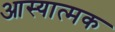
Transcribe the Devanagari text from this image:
आस्यात्मक